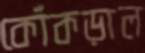
কোঁকড়াল